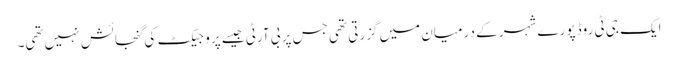
ایک جی ٹی روڈ پورے شہر کے درمیان میں گزرتی تھی جس پر بی آرٹی جیسے پروجیکٹ کی گنجائش نہیں تھی۔